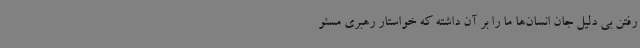
رفتن بی دلیل جان انسان‌ها ما را بر آن داشته که خواستار رهبری مسئو